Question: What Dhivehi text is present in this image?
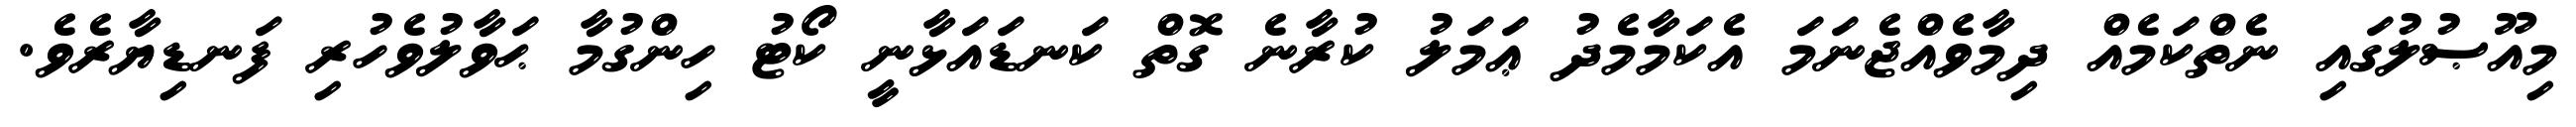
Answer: މިއޫޞުލުގައި ނެތްކަމެއް ދިމާވެއްޖެނަމަ އެކަމާމެދު ޢަމަލު ކުރާނެ ގޮތް ކަނޑައަޅާނީ ކޯޓު ހިންގުމާ ޙަވާލުވެހުރި ފަނޑިޔާރެވެ.